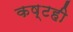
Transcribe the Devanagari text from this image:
कष्टही